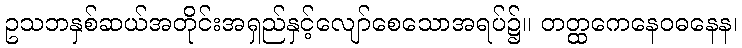
ဥသဘနှစ်ဆယ်အတိုင်းအရှည်နှင့်လျော်စေသောအရပ်၌။ တတ္ထကေနေဝဓနေန၊